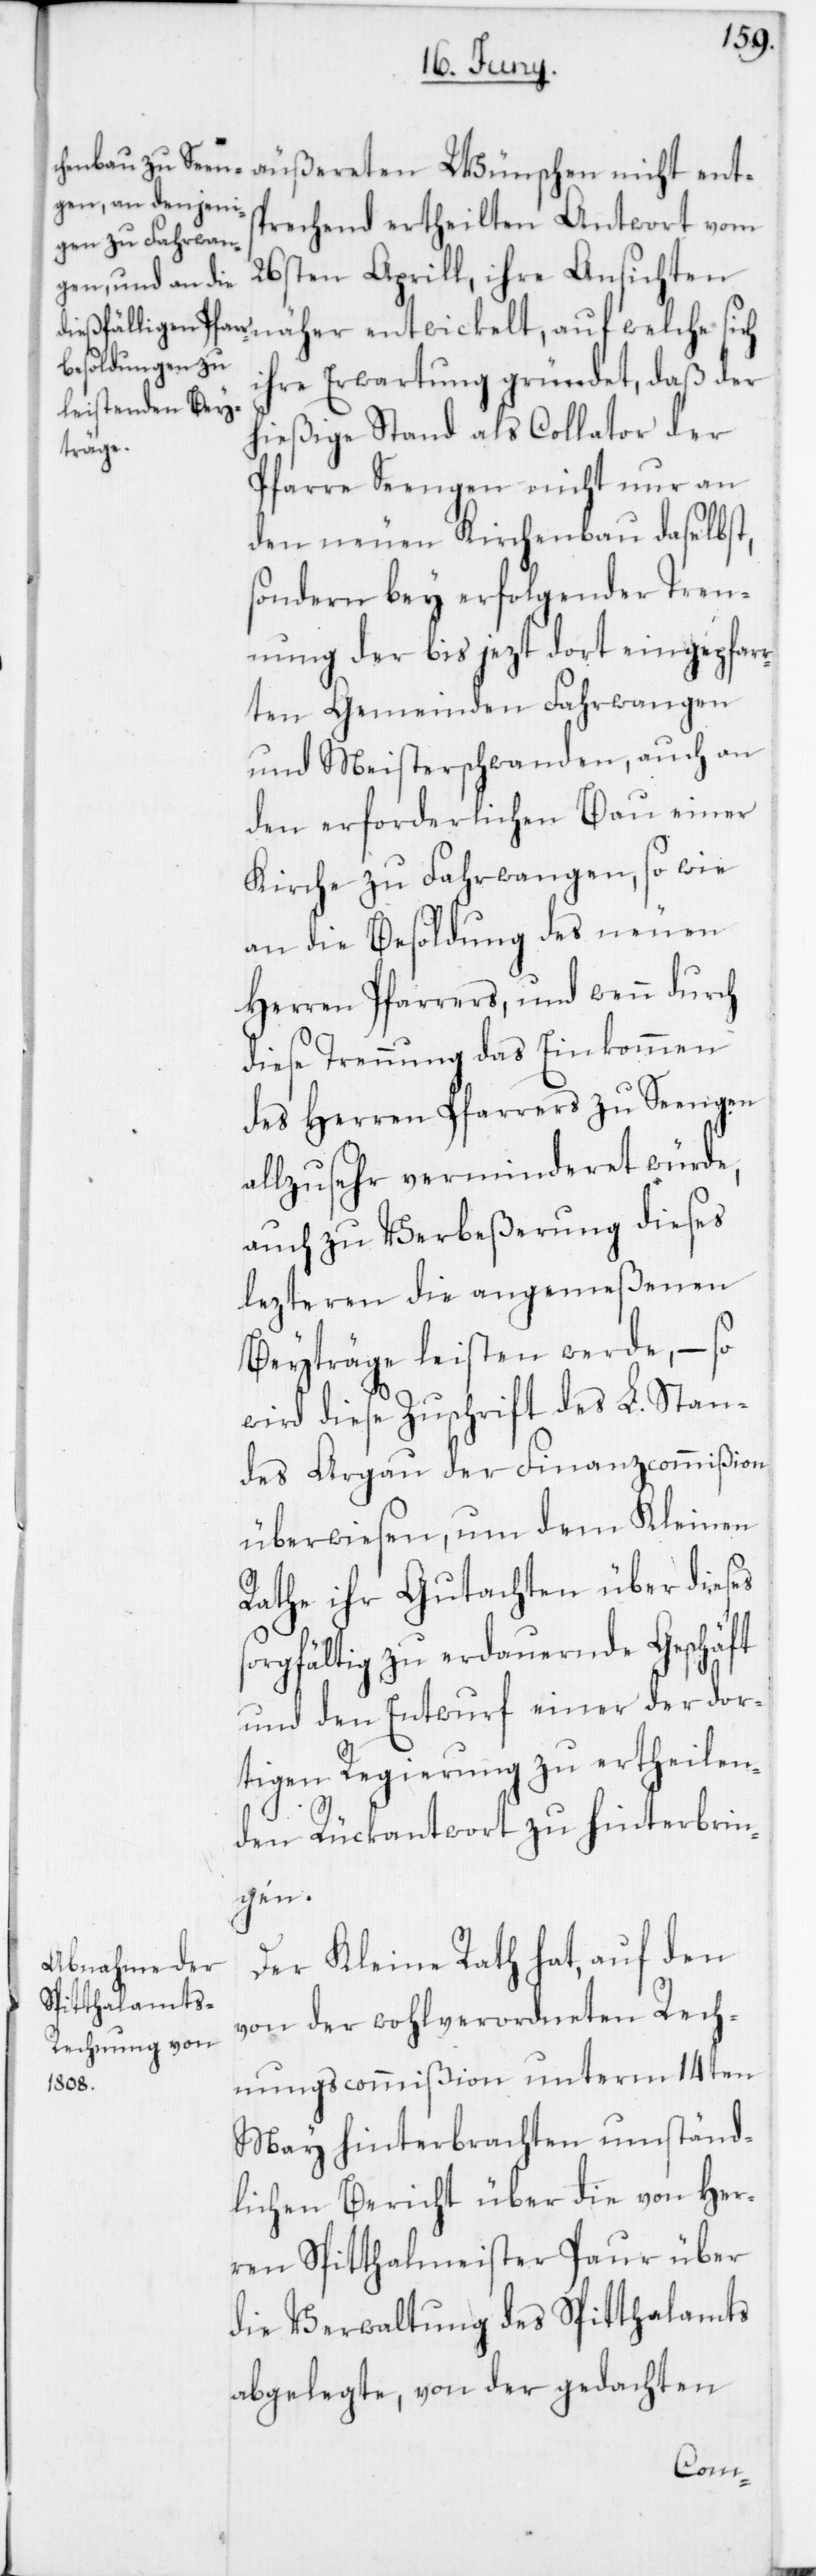
sprechend ertheilten Antwort vom
26sten Aprill, ihre Ansichten
ihre Erwartung gründet, daß der
hießige Stand als Collator der
Pfarre Seengen nicht nur an
den neuen Kirchenbau daselbst,
sondern bey erfolgender Tren¬
nung der bis jezt dort eingepfar¬
rten Gemeinden Fahrwangen
und Meisterschwanden, auch an
den erforderlichen Bau einer
Kirche zu Fahrwangen, sowie
an die Besoldung des neuen
Herren Pfarrers, und wenn durch
diese Trennung das Einkommen
des Herren Pfarrers zu Seengen
allzu sehr verminderet würde,
auch zu Verbeßerung dieses
lezteren die angemeßenen
Beyträge leisten werde, – so
wird diese Zuschrift des L. Stan¬
des Argau der Finanzcommißion
überwiesen, um dem Kleinen
Rathe ihr Gutachten über dieses
rgfältig zu erdauernde Geschäft
und den Entwurf einer der dor¬
tigen Regierung zu ertheilen¬
den Rückantwort zu hinterbrin¬
gen.
Der Kleine Rath hat, auf den
von der wohlverordneten Rech¬
nungscommißion unterm 14ten
May hinterbrachten umständ¬
lichen Bericht über die von Her¬
ren Spitthalmeister Paur über
die Verwaltung des Spitthalamts
abgelegte, von der gedachten
so¬